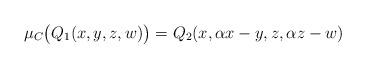
LaTeX: \begin{align*}\mu_C \big(Q_1(x, y, z, w)\big) = Q_2(x, \alpha x - y, z, \alpha z - w)\end{align*}